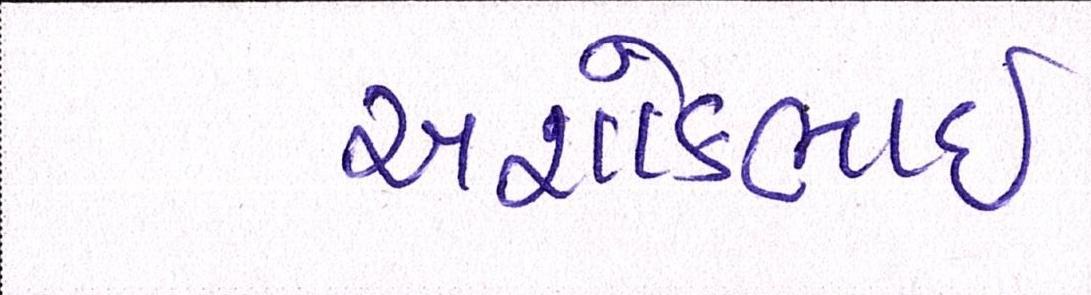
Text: અશોકભાઇ